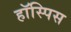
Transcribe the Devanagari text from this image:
हॉस्पिस